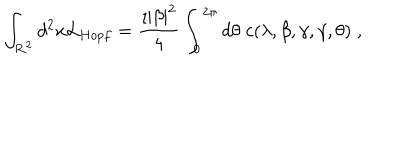
LaTeX: \int _ { { \bf R } ^ { 2 } } d ^ { 2 } x { \cal L } _ { H o p f } = \frac { \imath | \beta | ^ { 2 } } { 4 } \int _ { 0 } ^ { 2 \pi } d \theta \; c ( \lambda , \beta , \gamma , \dot { \gamma } , \theta ) \; ,